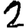
Digit: 2